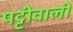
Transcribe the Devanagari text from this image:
पट्टीवाली